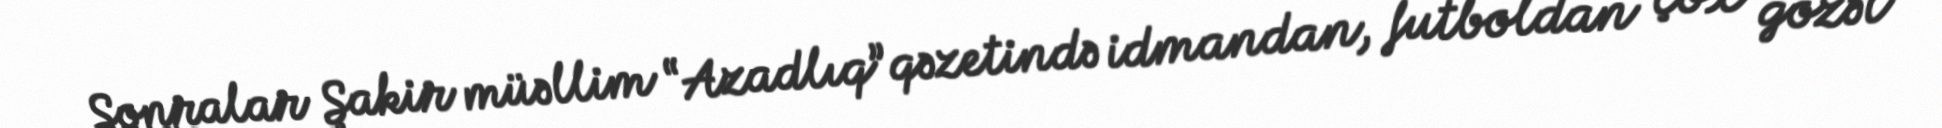
Sonralar Şakir müəllim “Azadlıq” qəzetində idmandan, futboldan çox gözəl